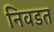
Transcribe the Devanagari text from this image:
निवडत